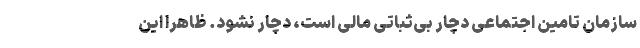
سازمان تامین اجتماعی دچار بی‌ثباتی مالی است، دچار نشود. ظاهرا این